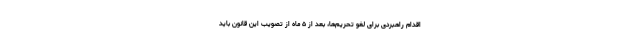
اقدام راهبردی برای لغو تحریم‌ها، بعد از ۵ ماه از تصویب این قانون باید